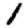
Digit: 1